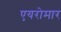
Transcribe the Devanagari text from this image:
एयरोमार